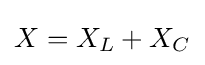
{X=X_{L}+X_{C}}